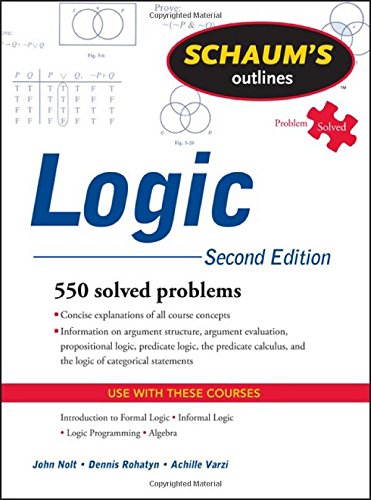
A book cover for Schaum's Outline of Logic, Second Edition (Schaum's Outlines); John Nolt; Politics & Social Sciences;